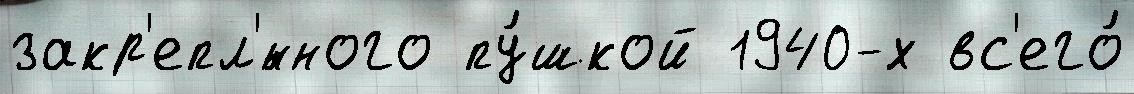
закр'епл'́нного пу́шкой 1940-х вс'его́